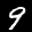
Label: 9